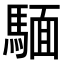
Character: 𫘏